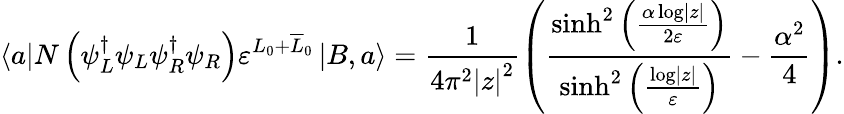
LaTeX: \left\langle a\right|N\left(\psi_{L}^{\dagger}\psi_{L}\psi_{R}^{\dagger}\psi_{R}\right)\varepsilon^{L_{0}+\overline{{{L}}}_{0}}\left|B,a\right\rangle=\frac{1}{4\pi^{2}\left|z\right|^{2}}\left(\frac{\sinh^{2}\left(\frac{\alpha\log\left|z\right|}{2\varepsilon}\right)}{\sinh^{2}\left(\frac{\log\left|z\right|}{\varepsilon}\right)}-\frac{\alpha^{2}}{4}\right).